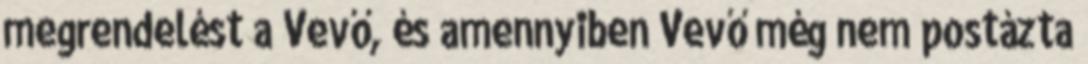
megrendelést a Vevő, és amennyiben Vevő még nem postázta